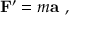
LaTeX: \mathbf { F } ^ { \prime } = m \mathbf { a } \ ,